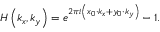
H \left( k _ { x } , k _ { y } \right) = e ^ { 2 \pi i \left( x _ { 0 } \cdot k _ { x } + y _ { 0 } \cdot k _ { y } \right) } - 1 .